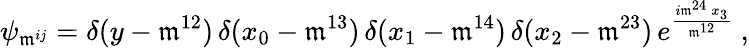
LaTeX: \psi_{\mathfrak{m}^{ij}}=\delta(y-\mathfrak{m}^{12})\, \delta(x_{0}-\mathfrak{m}^{13})\, \delta(x_{1}-\mathfrak{m}^{14})\, \delta(x_{2}-\mathfrak{m}^{23})\, e^{\frac{{i\mathfrak{m}^{24}\, x_{3}}}{{\mathfrak{m}^{12}}}}\ ,